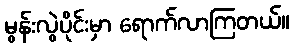
မွန်းလွဲပိုင်းမှာ ရောက်လာကြတယ်။